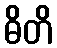
ဓိတိ